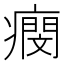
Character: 𤺖